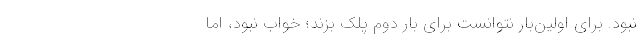
نبود. برای اولین‌بار نتوانست برای بار دوم پلک بزند؛ خواب نبود، اما